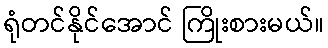
ရုံတင်နိုင်အောင် ကြိုးစားမယ်။